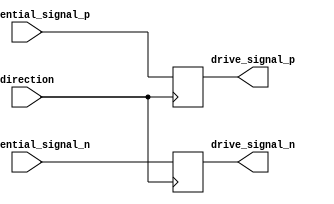
module io_buffer(
    input wire differential_signal_p,
    input wire differential_signal_n,
    input wire direction,
    output reg drive_signal_p,
    output reg drive_signal_n
);

always @(posedge direction) begin
    if(direction) begin
        drive_signal_p <= differential_signal_p;
        drive_signal_n <= differential_signal_n;
    end else begin
        // Receive mode - do something here
    end
end

endmodule